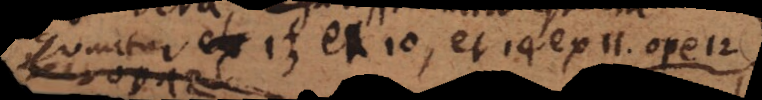
sequuntur 13 ex 10, et 14 ex 11 ope 12.